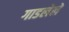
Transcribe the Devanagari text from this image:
गाडलेले